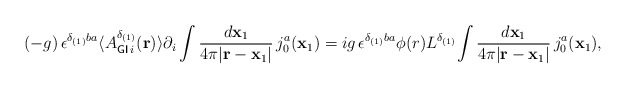
\begin{align*}(-g)\,{\epsilon}^{{\delta}_{(1)}ba}\langle{A_{{\sf GI}\,i}^{{\delta}_{(1)}}({\bf{r}})\rangle\partial_{i}\int\frac{d{\bf x}_1}{4{\pi}|{\bf r}-{\bf x}_1|}\,j^a_{0}({{\bf x}_1}})=ig\,{\epsilon}^{{\delta}_{(1)}ba}{\phi}(r)L^{{\delta}_{(1)}}{\int\frac{d{\bf x}_1}{4{\pi}|{\bf r}-{\bf x}_1|}\,j^a_{0}({{\bf x}_1}}),\end{align*}